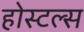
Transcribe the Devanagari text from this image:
होस्टल्स